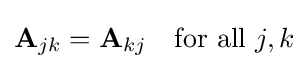
\mathbf {A} _{jk}=\mathbf {A} _{kj}\quad {\text{for all }}j,k